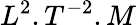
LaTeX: L^{2}.T^{-2}.M